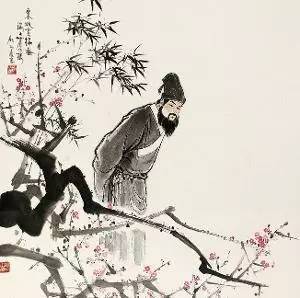
将军角弓不得控，都护铁衣冷难着。